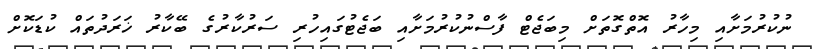
ނުކުރުމަށާއި މިހާރު އޮތްގޮތަށް މިބަޖެޓް ފާސްނުކުރުމަށާއި ބަޖެޓުގައިހުރި ސަރުކާރުގެ ބޭކާރު ޚަރަދުތައް ކުޑަކޮށް